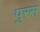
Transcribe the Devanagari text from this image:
पुरस